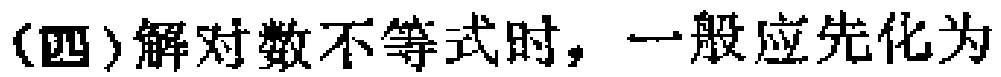
(四)解对数不等式时，一般应先化为